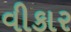
વીકાર